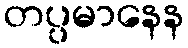
တပ္ပမာနေန